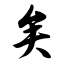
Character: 矣